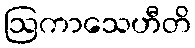
ဩကာသေဟီတိ